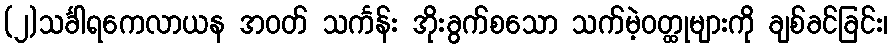
(၂)သင်္ခါရကေလာယန အဝတ် သင်္ကန်း အိုးခွက်စသော သက်မဲ့ဝတ္ထုများကို ချစ်ခင်ခြင်း၊